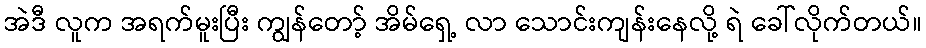
အဲဒီ လူက အရက်မူးပြီး ကျွန်တော့် အိမ်ရှေ့ လာ သောင်းကျန်းနေလို့ ရဲ ခေါ်လိုက်တယ်။